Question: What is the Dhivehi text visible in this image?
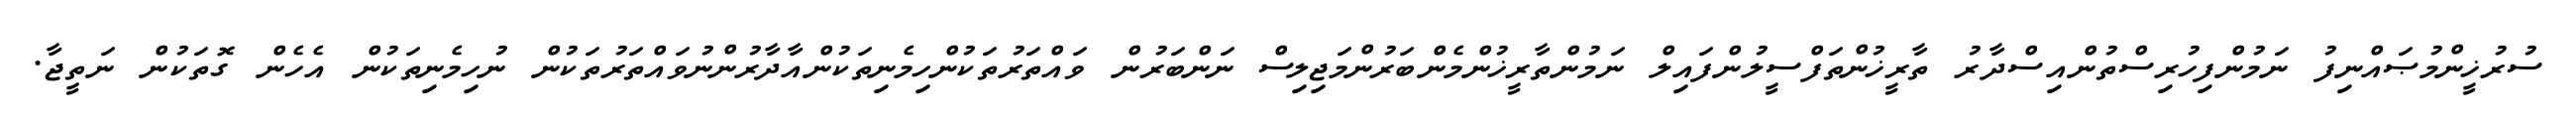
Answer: ސުރުޚީންމުޞައްނިފު ނަމުންފިހުރިސްތުންއިސްދާރު ތާރީޚުންތަފްސީލުންފައިލް ނަމުންތާރީޚުންމެންބަރުންމަޖިލިސް ނަންބަރުން ވައްތަރުތަކުންހިމެނިތަކުންއާދާރުންނުވައްތަރުތަކުން ނުހިމެނިތަކުން އެހެން ގޮތަކުން ނަތީޖާ.